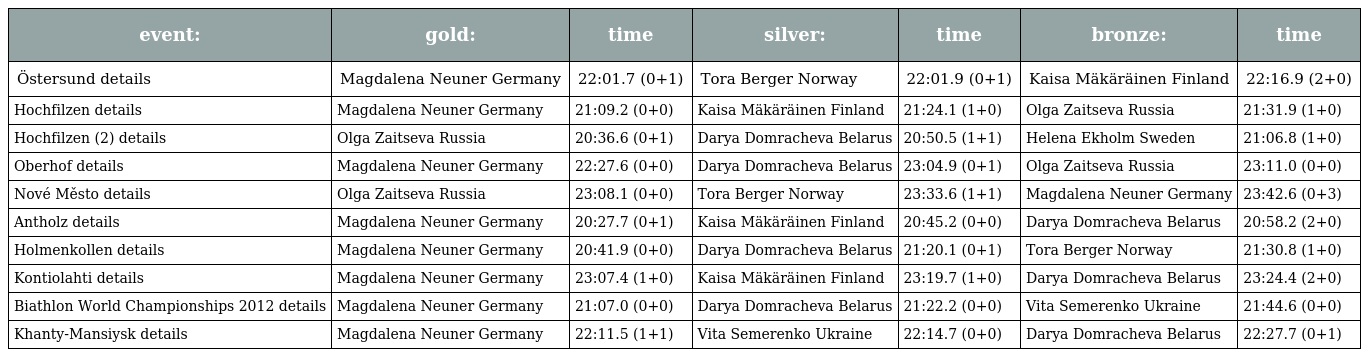
| event: | gold: | time | silver: | time | bronze: | time |
 | --- | --- | --- | --- | --- | --- | --- |
 | Östersund details | Magdalena Neuner Germany | 22:01.7 (0+1) | Tora Berger Norway | 22:01.9 (0+1) | Kaisa Mäkäräinen Finland | 22:16.9 (2+0) |
 | Hochfilzen details | Magdalena Neuner Germany | 21:09.2 (0+0) | Kaisa Mäkäräinen Finland | 21:24.1 (1+0) | Olga Zaitseva Russia | 21:31.9 (1+0) |
 | Hochfilzen (2) details | Olga Zaitseva Russia | 20:36.6 (0+1) | Darya Domracheva Belarus | 20:50.5 (1+1) | Helena Ekholm Sweden | 21:06.8 (1+0) |
 | Oberhof details | Magdalena Neuner Germany | 22:27.6 (0+0) | Darya Domracheva Belarus | 23:04.9 (0+1) | Olga Zaitseva Russia | 23:11.0 (0+0) |
 | Nové Město details | Olga Zaitseva Russia | 23:08.1 (0+0) | Tora Berger Norway | 23:33.6 (1+1) | Magdalena Neuner Germany | 23:42.6 (0+3) |
 | Antholz details | Magdalena Neuner Germany | 20:27.7 (0+1) | Kaisa Mäkäräinen Finland | 20:45.2 (0+0) | Darya Domracheva Belarus | 20:58.2 (2+0) |
 | Holmenkollen details | Magdalena Neuner Germany | 20:41.9 (0+0) | Darya Domracheva Belarus | 21:20.1 (0+1) | Tora Berger Norway | 21:30.8 (1+0) |
 | Kontiolahti details | Magdalena Neuner Germany | 23:07.4 (1+0) | Kaisa Mäkäräinen Finland | 23:19.7 (1+0) | Darya Domracheva Belarus | 23:24.4 (2+0) |
 | Biathlon World Championships 2012 details | Magdalena Neuner Germany | 21:07.0 (0+0) | Darya Domracheva Belarus | 21:22.2 (0+0) | Vita Semerenko Ukraine | 21:44.6 (0+0) |
 | Khanty-Mansiysk details | Magdalena Neuner Germany | 22:11.5 (1+1) | Vita Semerenko Ukraine | 22:14.7 (0+0) | Darya Domracheva Belarus | 22:27.7 (0+1) |